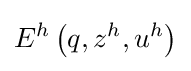
E^{h}\left(q,z^{h},u^{h}\right)